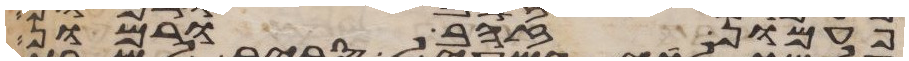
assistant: פעמון זהב ורמון